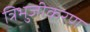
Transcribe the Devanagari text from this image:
त्रिभुजीकरण